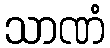
သာဏံ